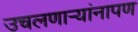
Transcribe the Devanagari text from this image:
उचलणार्‍यांनापण